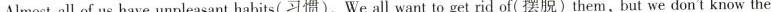
Almost all of us have unpleasant habits(习惯）.We all want to get rid of (摆脱)them . but we don‘t know the